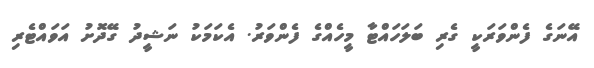
އޭނަގެ ފެންވަރަކީ ގެރި ބަލަހައްޓާ މީހެއްގެ ފެންވަރު. އެކަމަކު ނަޝީދު ގޭދޮށު އަވައްޓެރި